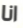
انا